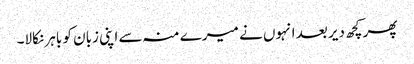
پھر کچھ دیر بعد انہوں نے میرے منہ سے اپنی زبان کو باہر نکالا۔